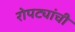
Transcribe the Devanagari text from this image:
रोपट्यांची